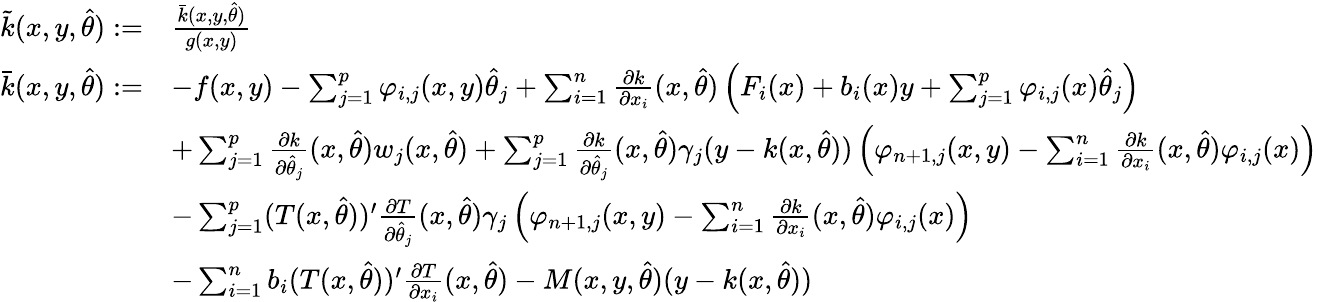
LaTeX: \begin{array}{rl}{\tilde{k}(x,y,\hat{\theta}):=}&{\frac{\bar{k}(x,y,\hat{\theta})}{g(x,y)}}\\ {\bar{k}(x,y,\hat{\theta}):=}&{-f(x,y)-\sum_{j=1}^{p}\varphi_{i,j}(x,y)\hat{\theta}_{j}+\sum_{i=1}^{n}\frac{\partial k}{\partial x_{i}}(x,\hat{\theta})\left(F_{i}(x)+b_{i}(x)y+\sum_{j=1}^{p}\varphi_{i,j}(x)\hat{\theta}_{j}\right)}\\ &{+\sum_{j=1}^{p}\frac{\partial k}{\partial\hat{\theta}_{j}}(x,\hat{\theta})w_{j}(x,\hat{\theta})+\sum_{j=1}^{p}\frac{\partial k}{\partial\hat{\theta}_{j}}(x,\hat{\theta})\gamma_{j}(y-k(x,\hat{\theta}))\left(\varphi_{n+1,j}(x,y)-\sum_{i=1}^{n}\frac{\partial k}{\partial x_{i}}(x,\hat{\theta})\varphi_{i,j}(x)\right)}\\ &{-\sum_{j=1}^{p}(T(x,\hat{\theta}))^{\prime}\frac{\partial T}{\partial\hat{\theta}_{j}}(x,\hat{\theta})\gamma_{j}\left(\varphi_{n+1,j}(x,y)-\sum_{i=1}^{n}\frac{\partial k}{\partial x_{i}}(x,\hat{\theta})\varphi_{i,j}(x)\right)}\\ &{-\sum_{i=1}^{n}b_{i}(T(x,\hat{\theta}))^{\prime}\frac{\partial T}{\partial x_{i}}(x,\hat{\theta})-M(x,y,\hat{\theta})(y-k(x,\hat{\theta}))}\end{array}